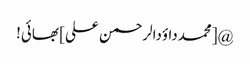
@[محمدداؤدالرحمن علی] بھائی!